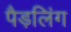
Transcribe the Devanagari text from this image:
पैड़लिंग